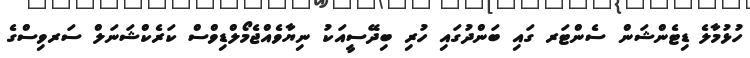
ހުޅުމާލެ ޑިޓެންޝަން ސެންޓަރ ގައި ބަންދުގައި ހުރި ބިދޭސީއަކު ނިޔާވެއްޖެމޯލްޑިވްސް ކަރެކްޝަނަލް ސަރވިސްގެ